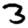
Digit: 3